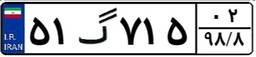
۵۱گ۷۱۵۰۲